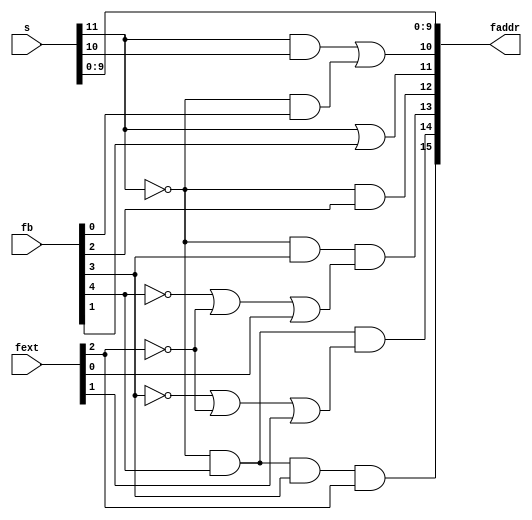
`timescale 1ns / 1ps
`default_nettype none

module fixed_addr_decoder(
    input wire [7:5]   fext,
    input wire [15:11] fb,
    input wire [12:1]  s,
    output wire [16:1] faddr
);

// Logic functions taken from Digital Development Memo #219
assign faddr[10:1] = s[10:1];
assign faddr[11] = (s[12] & s[11]) | (~s[12] & fb[11]);
assign faddr[12] = s[12] | fb[12];
assign faddr[13] = ~s[12] & fb[13];
assign faddr[14] = ~s[12] & fb[14] & (~fb[15] | ~fext[7] | fext[5]);
assign faddr[15] = ~s[12] & fb[15] & (~fb[14] | ~fext[7] | fext[6]);
assign faddr[16] = ~s[12] & fb[15] & fb[14] & fext[7];

endmodule
`default_nettype wire